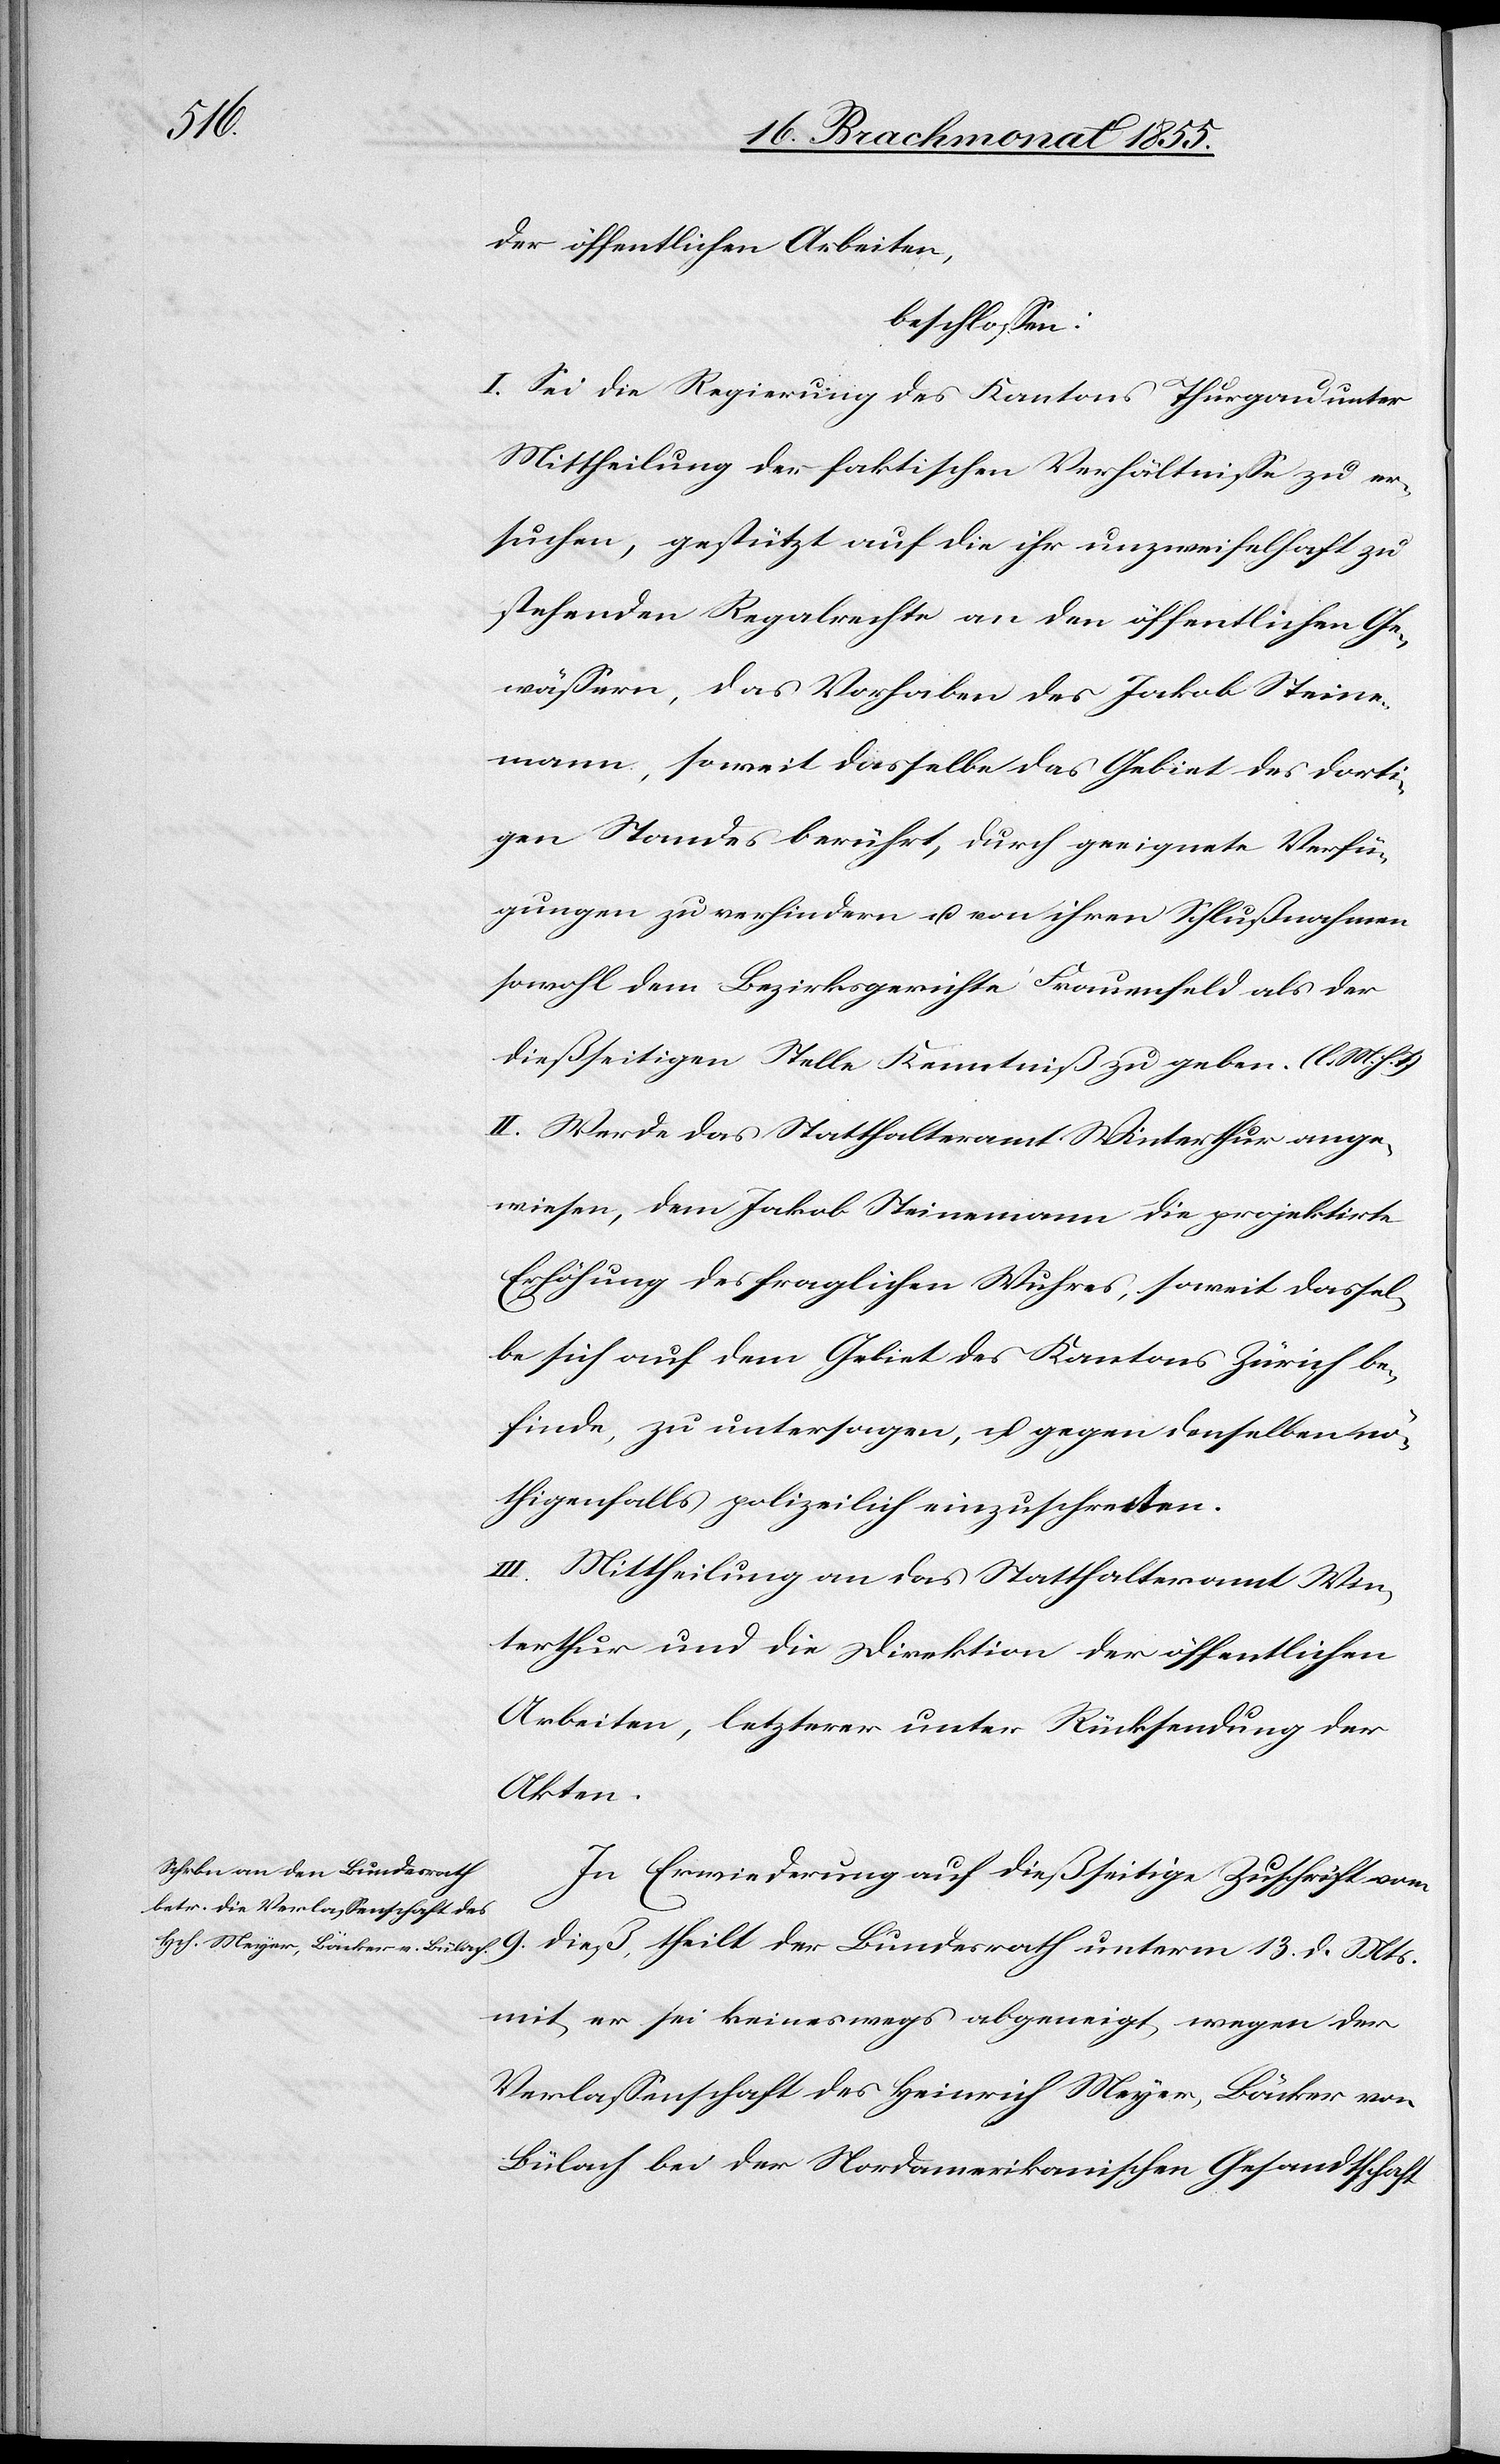
der öffentlichen Arbeiten,
beschlossen:
I. Sei die Regierung des Kantons Thurgau unter
Mittheilung der faktischen Verhältnisse zu er¬
suchen, gestützt auf die ihr unzweifelhaft zu¬
stehenden Regalrechte an den öffentlichen Ge¬
wässern, das Vorhaben des Jakob Steine¬
mann, soweit dasselbe das Gebiet des dorti¬
gen Stands berührt, durch geeignete Verfü¬
gungen zu verhindern u. von ihren Schlußnahmen
sowohl dem Bezirksgerichte Frauenfeld als der
dießseitigen Stelle Kenntniß zu geben. (l. M. h. T.)
II. Werde das Statthalteramt Winterthur ange¬
wiesen, dem Jakob Steinemann die projektirte
Erhöhung des fraglichen Wuhres, soweit dassel¬
be sich auf dem Gebiet des Kantons Zürich be¬
finde, zu untersagen, u. gegen denselben nö¬
thigenfalls polizeilich einzuschreiten.
III. Mittheilung an das Statthalteramt Win¬
terthur und die Direktion der öffentlichen
Arbeiten, letzterer unter Rücksendung der
Akten.
In Erwiederung auf dießseitige Zuschrift vom
9. dieß, theilt der Bundesrath unterm 13. d. Mts.
mit, er sei keineswegs abgeneigt, wegen der
Verlassenschaft des Heinrich Meyer, Bäcker von
Bülach bei der Nordamerikanischen Gesandtschaft